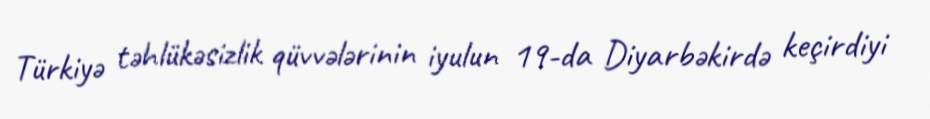
Türkiyə təhlükəsizlik qüvvələrinin iyulun 19-da Diyarbəkirdə keçirdiyi